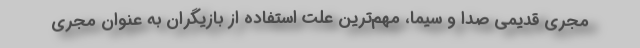
مجری قدیمی صدا و سیما، مهم‌ترین علت استفاده از بازیگران به عنوان مجری